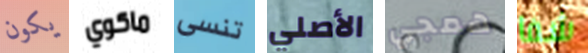
يكون ماكوي تنسى الأصلي همجي شفا